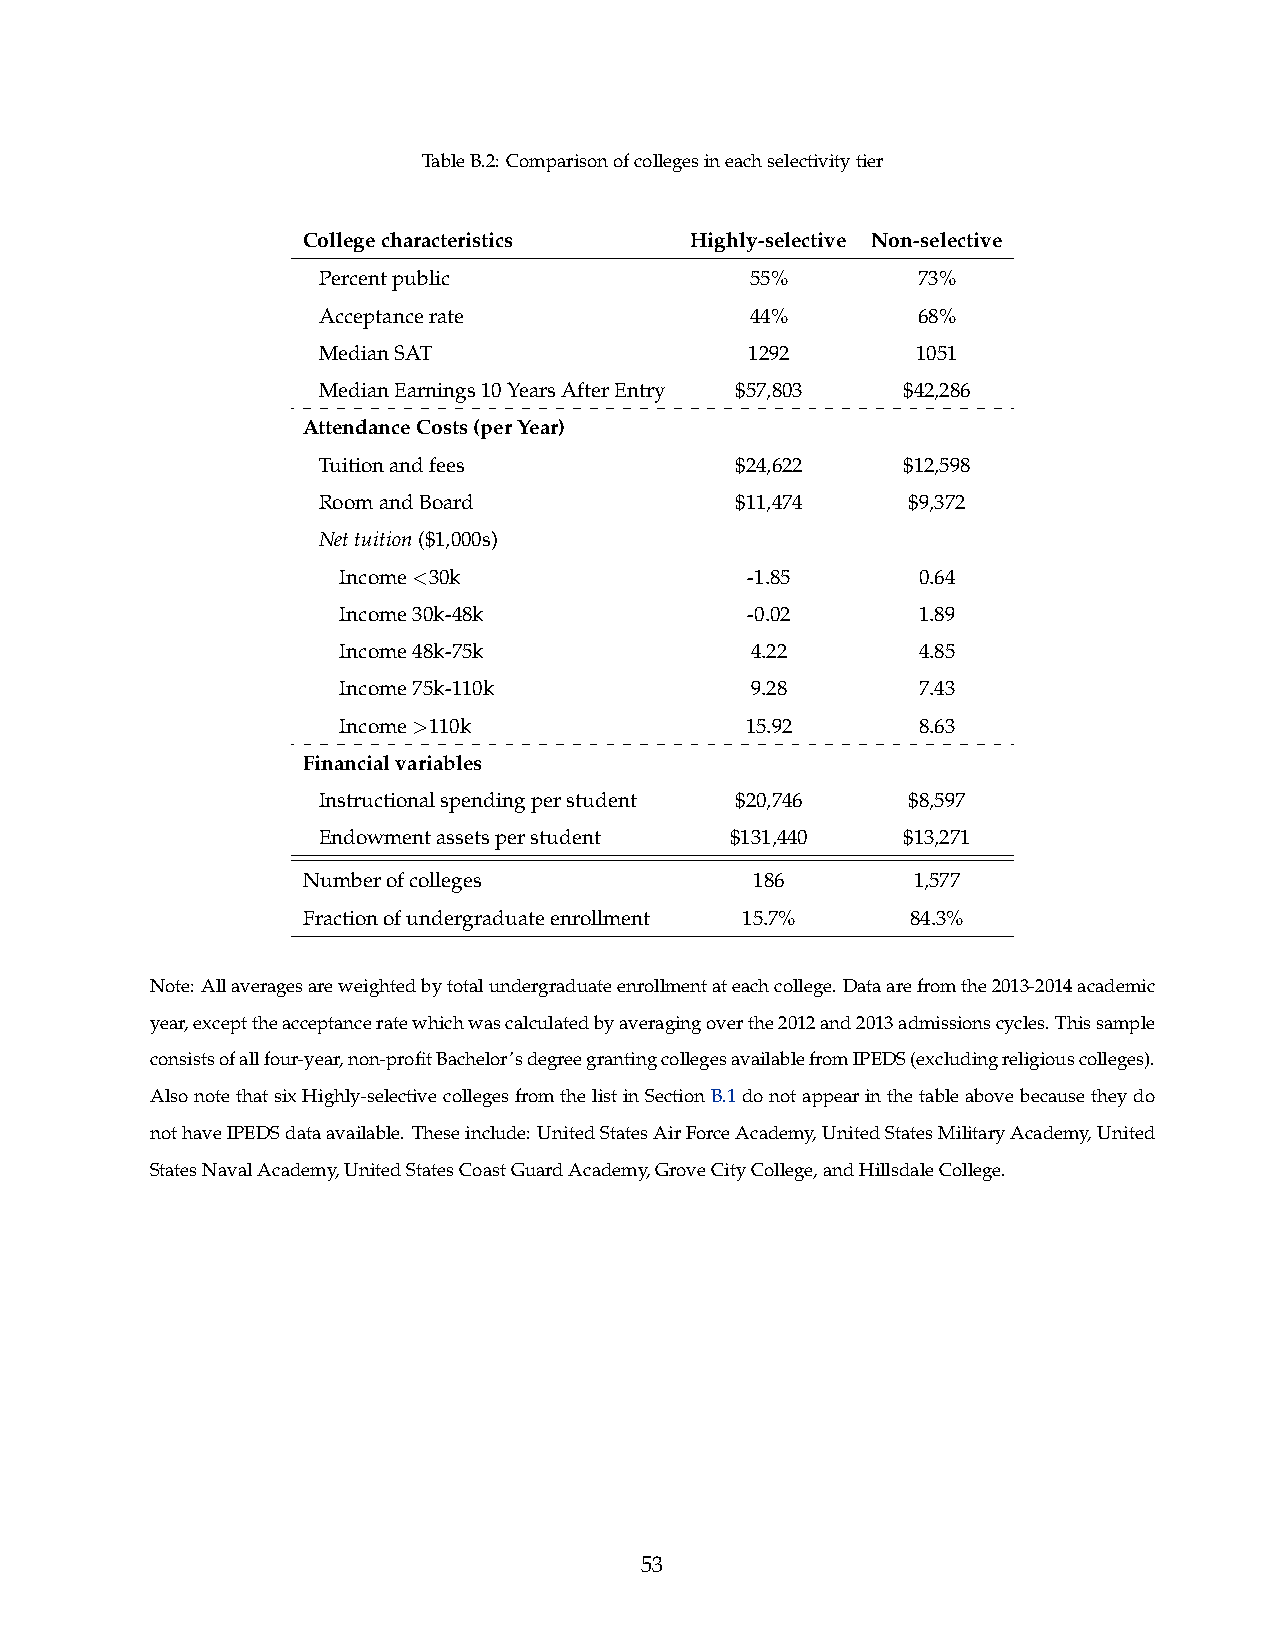
TableB.2:Comparisonofcollegesineachselectivitytier
 Collegecharacteristics    Highly-selective Non-selective
 Percentpublic                55%        73%
 Acceptancerate               44%        68%
 MedianSAT                    1292       1051
 MedianEarnings10YearsAfterEntry $57,803 $42,286
 AttendanceCosts(perYear)
 Tuitionandfees              $24,622    $12,598
 RoomandBoard                $11,474    $9,372
 Nettuition($1,000s)
 Income<30k                 -1.85       0.64
 Income30k-48k              -0.02       1.89
 Income48k-75k               4.22       4.85
 Income75k-110k              9.28       7.43
 Income>110k                15.92       8.63
 Financialvariables
 Instructionalspendingperstudent $20,746 $8,597
 Endowmentassetsperstudent  $131,440    $13,271
 Numberofcolleges              186       1,577
 Fractionofundergraduateenrollment 15.7% 84.3%
 Note:Allaveragesareweightedbytotalundergraduateenrollmentateachcollege.Dataarefromthe2013-2014academic
 year,excepttheacceptanceratewhichwascalculatedbyaveragingoverthe2012and2013admissionscycles.Thissample
 consistsofallfour-year,non-profitBachelor’sdegreegrantingcollegesavailablefromIPEDS(excludingreligiouscolleges).
 AlsonotethatsixHighly-selectivecollegesfromthelistinSectionB.1donotappearinthetableabovebecausetheydo
 nothaveIPEDSdataavailable. Theseinclude: UnitedStatesAirForceAcademy,UnitedStatesMilitaryAcademy,United
 StatesNavalAcademy,UnitedStatesCoastGuardAcademy,GroveCityCollege,andHillsdaleCollege.
 53